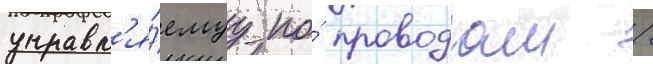
управл'я́емуу по́ проводам /